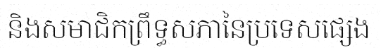
និងសមាជិកព្រឹទ្ធសភានៃប្រទេសផ្សេង